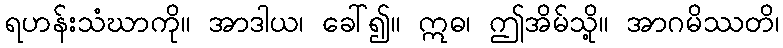
ရဟန်းသံဃာကို။ အာဒါယ၊ ခေါ်၍။ ဣဓ၊ ဤအိမ်သို့။ အာဂမိဿတိ၊